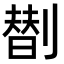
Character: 𠟆